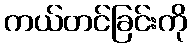
ကယ်တင်ခြင်းကို